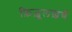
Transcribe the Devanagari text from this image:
फ़िज़ूलख़र्च